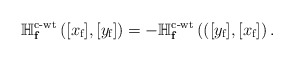
\begin{align*}\mathbb H_{\mathbf{f}}^{\textup{c-wt}}\left([x_{\textup{f}}],[y_{\textup{f}}]\right)=-\mathbb H_{\mathbf{f}}^{\textup{c-wt}}\left(([y_{\textup{f}}],[x_{\textup{f}}]\right).\end{align*}